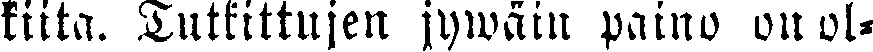
kiitä. Tutkittujen jywäin paino on ol-